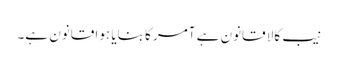
نیب کالا قانون ہے آمر کا بنایا ہوا قانون ہے۔